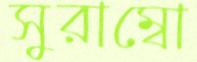
সুরাম্বো